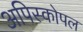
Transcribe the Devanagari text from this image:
अपिस्कोपल